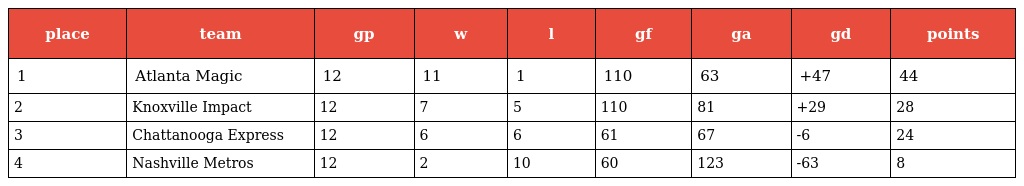
| place | team | gp | w | l | gf | ga | gd | points |
 | --- | --- | --- | --- | --- | --- | --- | --- | --- |
 | 1 | Atlanta Magic | 12 | 11 | 1 | 110 | 63 | +47 | 44 |
 | 2 | Knoxville Impact | 12 | 7 | 5 | 110 | 81 | +29 | 28 |
 | 3 | Chattanooga Express | 12 | 6 | 6 | 61 | 67 | -6 | 24 |
 | 4 | Nashville Metros | 12 | 2 | 10 | 60 | 123 | -63 | 8 |